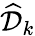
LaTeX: \widehat{\mathcal{D}}_{k}